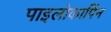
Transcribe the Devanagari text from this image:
पाइलोकार्पिन